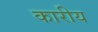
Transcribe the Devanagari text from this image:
कारीय